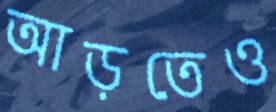
আড়তেও